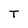
Character: T